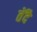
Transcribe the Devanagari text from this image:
तेंदै